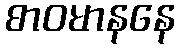
စာဝမာနနေ